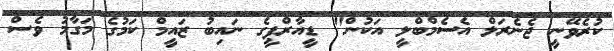
ކުރެވޭނީ ޖެނެރަލް އެސެމްބްލީ އަކުން" ޑީއާރްޕީގެ ނައިބު ޒައީމް ކަމުގެ މަގާމު ވެސް